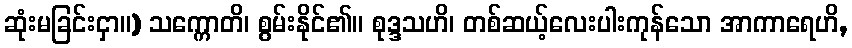
ဆုံးမခြင်းငှာ။) သက္ကောတိ၊ စွမ်းနိုင်၏။ စုဒ္ဒသဟိ၊ တစ်ဆယ့်လေးပါးကုန်သော အာကာရေဟိ,